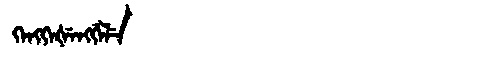
Manchu: ᡴᡝᠩᡴᡝᡧᡝᠩᡤᡝᠯᡝ
Romanization: KENGKEŠENGGELE